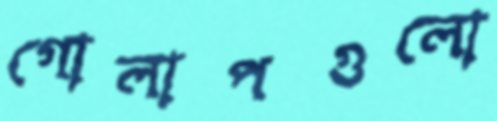
গোলাপগুলো